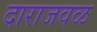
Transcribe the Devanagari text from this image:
दाराजवळ